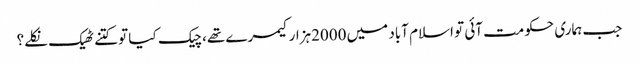
﻿ جب ہماری حکومت آئی تو اسلام آباد میں 2000ہزارکیمرے تھے، چیک کیا تو کتنے ٹھیک نکلے؟